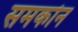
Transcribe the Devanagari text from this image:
समकोन